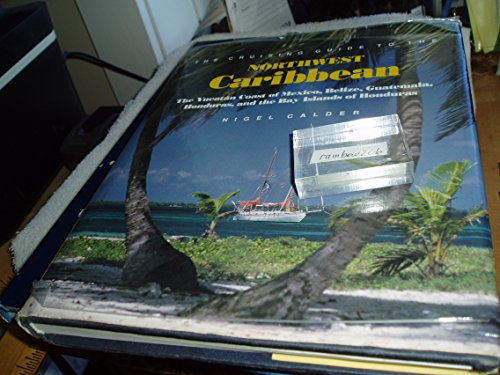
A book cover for The Cruising Guide to the Northwest Caribbean: The Yucatan Coast of Mexico, Belize, Guatemala, Honduras, and the Bay Islands of Honduras; Nigel Calder; Travel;